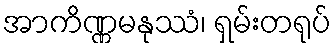
အာကိဏ္ဏမနုဿံ၊ ရှမ်းတရုပ်